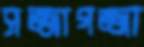
সজ্জাগজ্জা